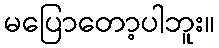
မပြောတော့ပါဘူး။